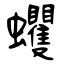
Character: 蠼